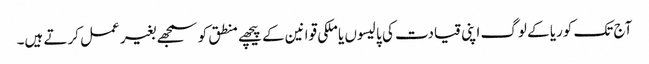
آج تک کوریا کے لوگ اپنی قیادت کی پالیسوں یا ملکی قوانین کے پیچھے منطق کو سمجھے بغیر عمل کرتے ہیں۔